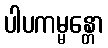
ပါပကမ္မန္တော